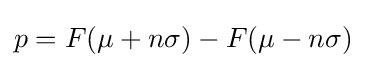
{\textstyle p=F(\mu +n\sigma )-F(\mu -n\sigma )}